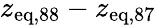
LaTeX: z_{\mathrm{eq},88}-z_{\mathrm{eq},87}